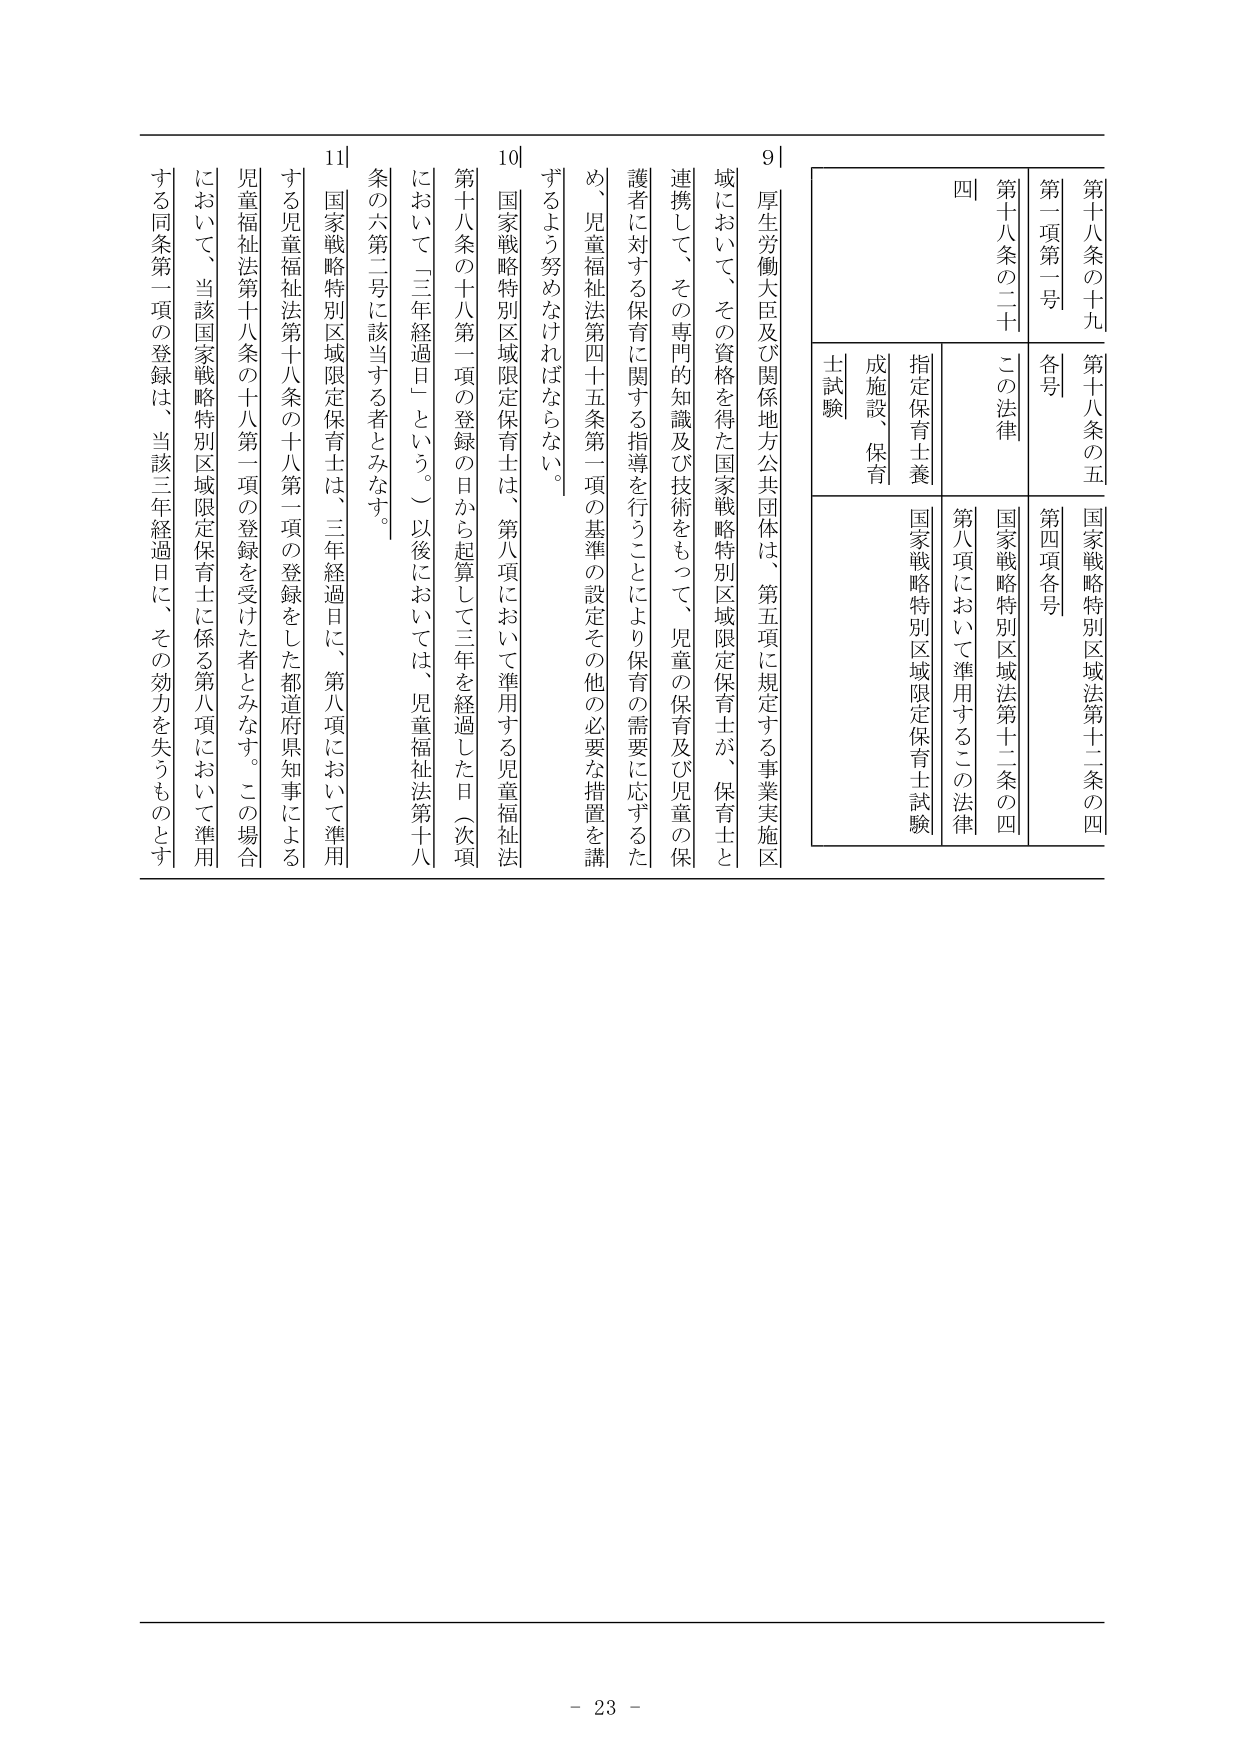
第十八条の十九 第十八条の五 国家戦略特別区域法第十二条の四
第一項第一号 各号 第四項各号
第十八条の二十 四 この法律 国家戦略特別区域法第十二条の四
指定保育士養 成施設、保育 士試験 第八項において準用するこの法律 国家戦略特別区域限定保育士試験

厚生労働大臣及び関係地方公共団体は、第五項に規定する事業実施区域において、その資格を得た国家戦略特別区域限定保育士が、保育士と連携して、その専門的知識及び技術をもって、児童の保育及び児童の保護者に対する保育に関する指導を行うことにより保育の需要に応ずるため、児童福祉法第四十五条第一項の基準の設定その他の必要な措置を講ずるよう努めなければならない。

国家戦略特別区域限定保育士は、第八項において準用する児童福祉法第十八条の十八第一項の登録の日から起算して三年を経過した日（次項において「三年経過日」という。）以後においては、児童福祉法第十八条の六第二号に該当する者とみなす。

国家戦略特別区域限定保育士は、三年経過日に、第八項において準用する児童福祉法第十八条の十八第一項の登録をした都道府県知事による児童福祉法第十八条の十八第一項の登録を受けた者とみなす。この場合において、当該国家戦略特別区域限定保育士に係る第八項において準用する同条第一項の登録は、当該三年経過日に、その効力を失うものとする。

- 23 -